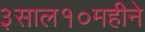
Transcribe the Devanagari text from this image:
३साल१०महीने